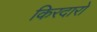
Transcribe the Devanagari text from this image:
किरदारो